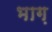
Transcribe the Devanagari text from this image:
भाग़